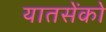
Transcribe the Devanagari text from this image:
यातसेंको